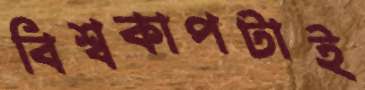
বিশ্বকাপটাই